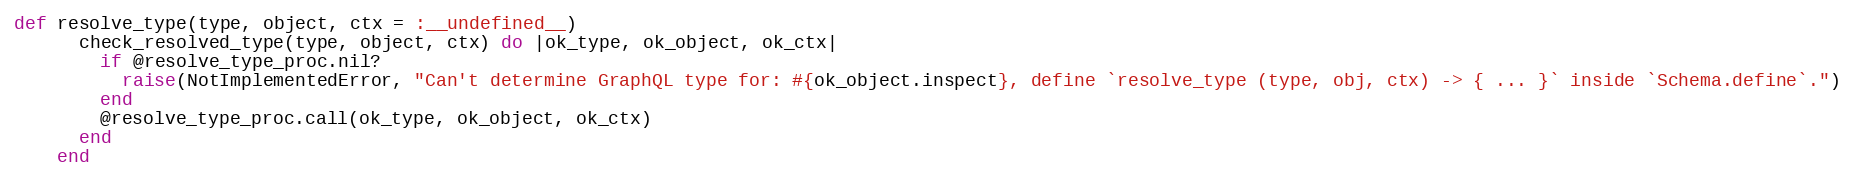
Language: Ruby
def resolve_type(type, object, ctx = :__undefined__)
      check_resolved_type(type, object, ctx) do |ok_type, ok_object, ok_ctx|
        if @resolve_type_proc.nil?
          raise(NotImplementedError, "Can't determine GraphQL type for: #{ok_object.inspect}, define `resolve_type (type, obj, ctx) -> { ... }` inside `Schema.define`.")
        end
        @resolve_type_proc.call(ok_type, ok_object, ok_ctx)
      end
    end